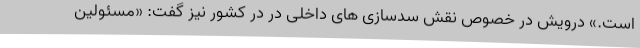
است.» درویش در خصوص نقش سدسازی های داخلی در در کشور نیز گفت: «مسئولین